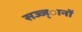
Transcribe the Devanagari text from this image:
सज्ज्ानों